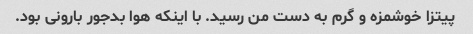
پیتزا خوشمزه و گرم به دست من رسید. با اینکه هوا بدجور بارونی بود.